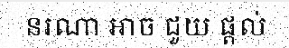
នរណា អាច ជួយ ផ្តល់